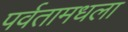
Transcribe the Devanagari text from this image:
पर्वतामधला